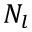
N _ { l }